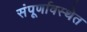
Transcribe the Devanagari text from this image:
संंपूर्णावस्थेत